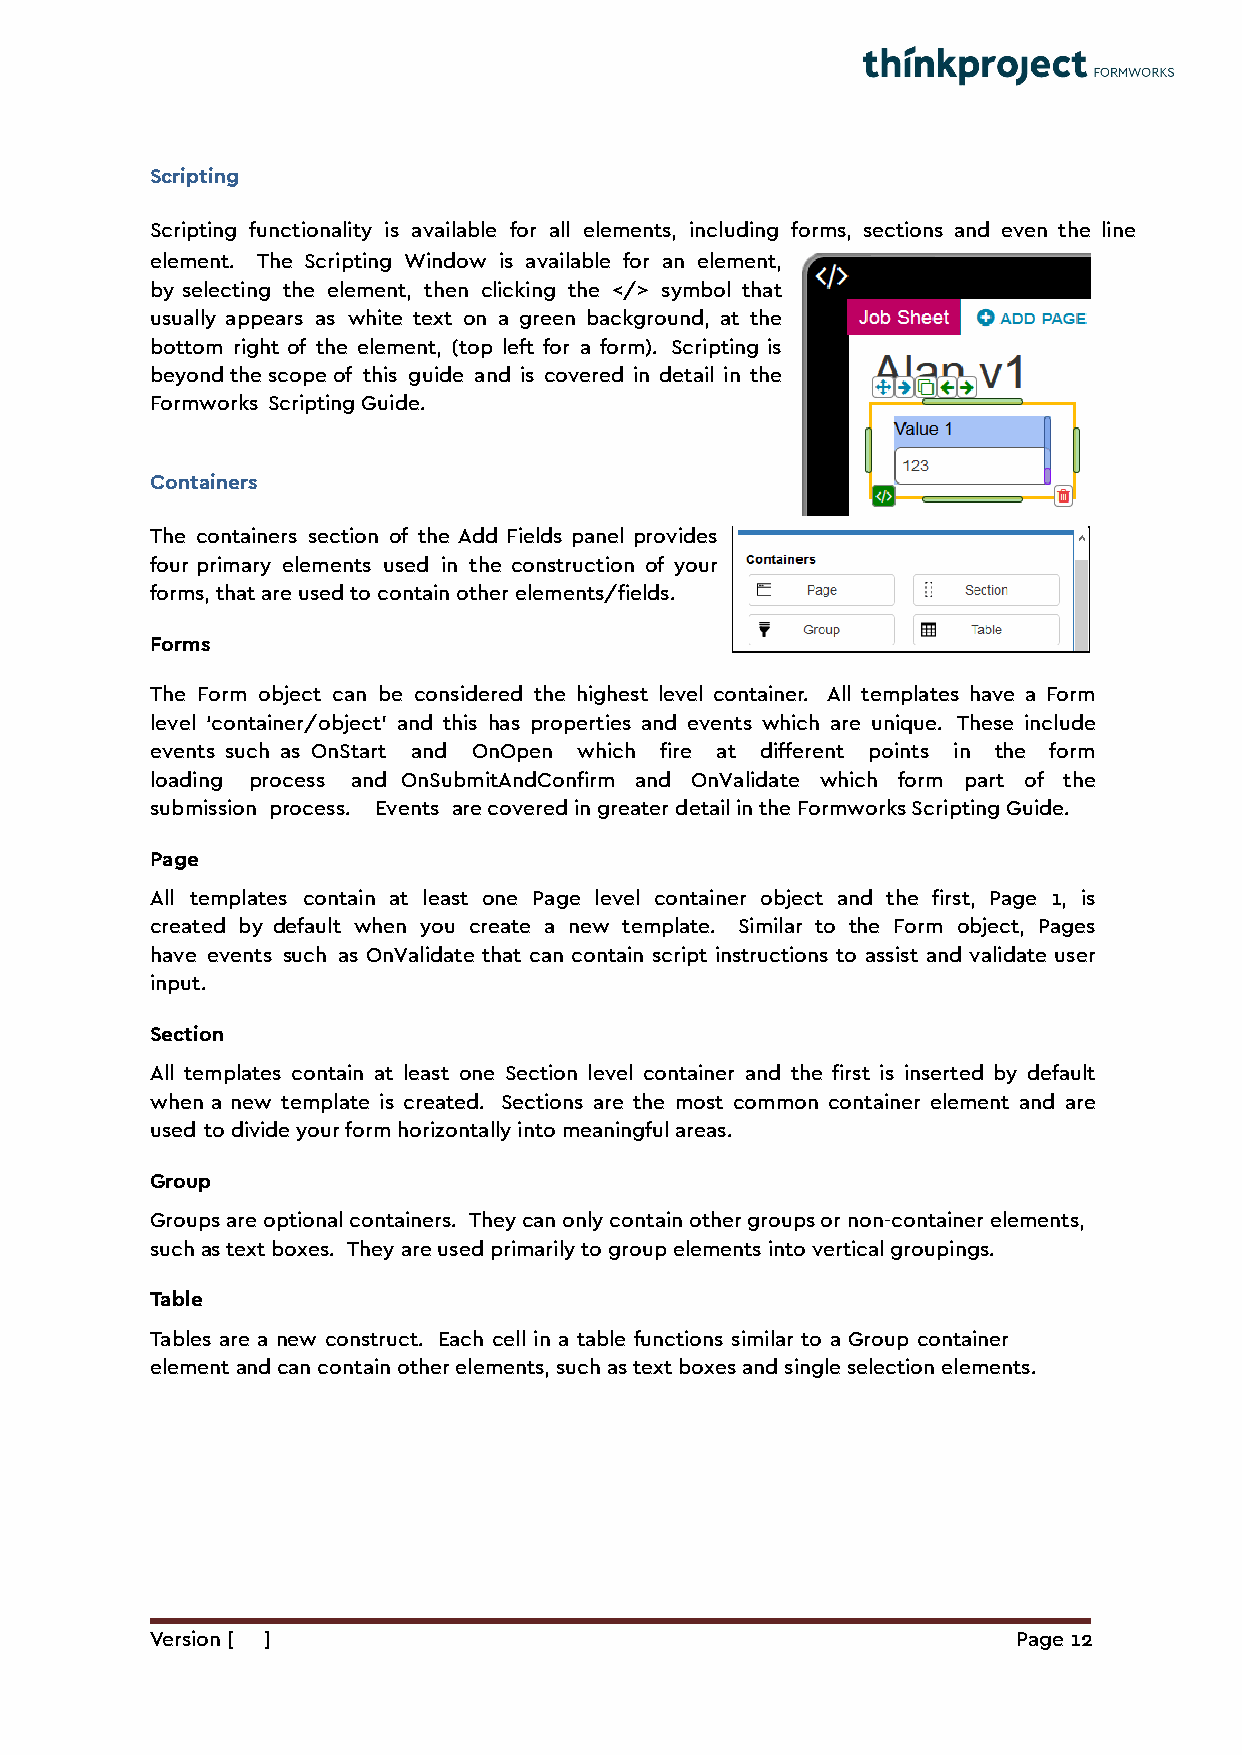
Scripting
 Scripting functionality is available for all elements, including forms, sections and even the line
 element. The Scripting Window is available for an element,
 by selecting the element, then clicking the </> symbol that
 usually appears as white text on a green background, at the
 bottom right of the element, (top left for a form). Scripting is
 beyond the scope of this guide and is covered in detail in the
 Formworks Scripting Guide.
 Containers
 The containers section of the Add Fields panel provides
 four primary elements used in the construction of your
 forms, that are used to contain other elements/fields.
 Forms
 The Form object can be considered the highest level container. All templates have a Form
 level ‘container/object’ and this has properties and events which are unique. These include
 events such as OnStart and OnOpen which fire at different points in the form
 loading process and OnSubmitAndConfirm and OnValidate which form part of the
 submission process. Events are covered in greater detail in the Formworks Scripting Guide.
 Page
 All templates contain at least one Page level container object and the first, Page 1, is
 created by default when you create a new template. Similar to the Form object, Pages
 have events such as OnValidate that can contain script instructions to assist and validate user
 input.
 Section
 All templates contain at least one Section level container and the first is inserted by default
 when a new template is created. Sections are the most common container element and are
 used to divide your form horizontally into meaningful areas.
 Group
 Groups are optional containers. They can only contain other groups or non-container elements,
 such as text boxes. They are used primarily to group elements into vertical groupings.
 Table
 Tables are a new construct. Each cell in a table functions similar to a Group container
 element and can contain other elements, such as text boxes and single selection elements.
 Version [ ]                                              Page 12